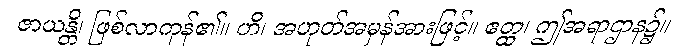
ဇာယန္တိ၊ ဖြစ်လာကုန်၏။ ဟိ၊ အဟုတ်အမှန်အားဖြင့်။ ဧတ္ထ၊ ဤအရာဌာန၌။